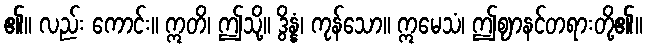
၏။ လည်း ကောင်း။ ဣတိ၊ ဤသို့။ ဒွိန္နံ၊ ကုန်သော။ ဣမေသံ၊ ဤဈာနင်တရားတို့၏။